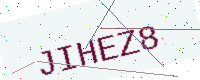
Text: JIHEZ8